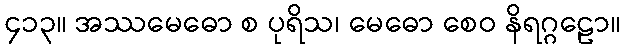
၄၁၃။ အဿမေဓော စ ပုရိသ၊ မေဓော စေဝ နိရဂ္ဂဠော။